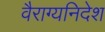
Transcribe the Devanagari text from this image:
वैराग्यनिदेश